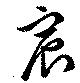
宸